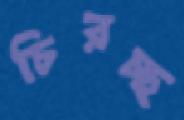
চিরচ্ছ